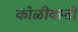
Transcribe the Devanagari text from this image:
कोळीवस्ती